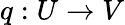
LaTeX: q:U\rightarrow V